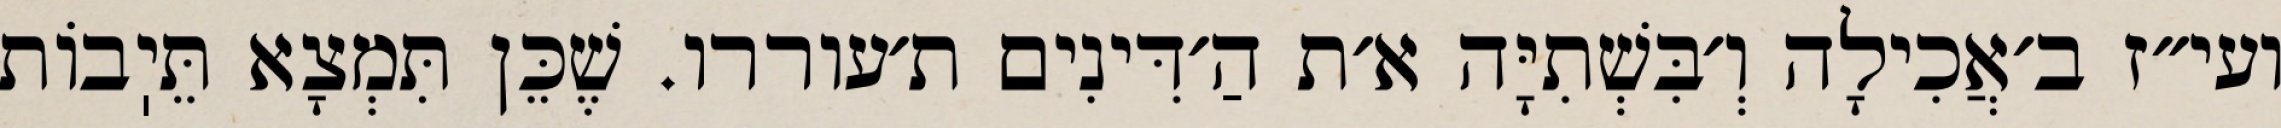
ועי״ז ב׳אֲכִילָה וְ׳בִּשְׁתִיָּה א׳ת הַ׳דִּינִים ת׳עוררו. שֶׁכֵּן תִּמְצָא תֵּיֽבוֹת